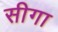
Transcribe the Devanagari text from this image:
सीगा